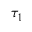
\protect \tau _ { 1 }